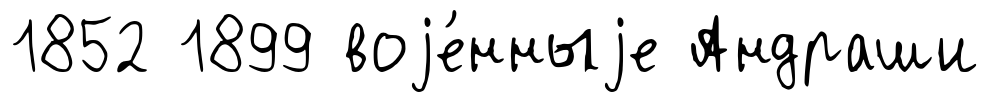
1852 1899 воjе́нныjе Андраши